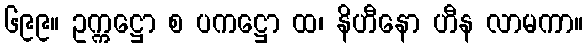
၆၉၉။ ဥက္ကဋ္ဌော စ ပကဋ္ဌော ထ၊ နိဟီနော ဟီန လာမကာ။